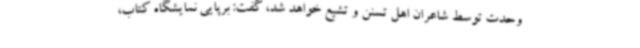
وحدت توسط شاعران اهل تسنن و تشیع خواهد شد، گفت: برپایی نمایشگاه کتاب،